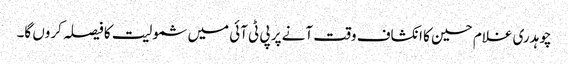
چوہدری غلام حسین کا انکشاف وقت آنے پر پی ٹی آئی میں شمولیت کا فیصلہ کروں گا۔